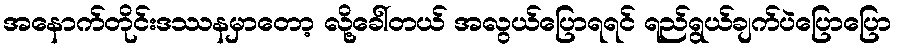
အနောက်တိုင်းဒဿနမှာတော့ လို့ခေါ်တယ် အလွယ်ပြောရရင် ရည်ရွယ်ချက်ပဲပြောပြော